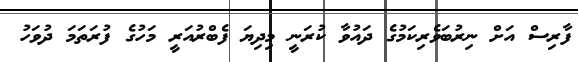
ފާރިސް އަށް ނިރުބަވެރިކަމުގެ ދައުވާ ކުރަނީ މިދިޔަ ފެބްރުއަރީ މަހުގެ ފުރަތަމަ ދުވަހު